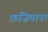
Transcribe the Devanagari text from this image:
क़ज़ियाना